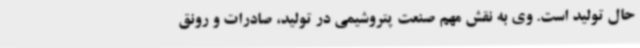
حال تولید است. وی به نقش مهم صنعت پتروشیمی در تولید، صادرات و رونق